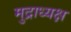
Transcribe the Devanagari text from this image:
मुद्राध्यक्ष